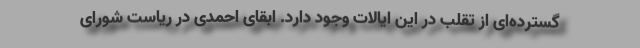
گسترده‌ای از تقلب در این ایالات وجود دارد. ابقای احمدی در ریاست شورای